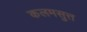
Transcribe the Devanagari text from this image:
कलमसुत्त